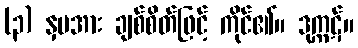
(၃) နှမအား ချစ်စိတ်ဖြင့် ကိုင်၏။ ဒုက္ကဋ်။